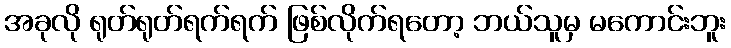
အခုလို ရုတ်ရုတ်ရက်ရက် ဖြစ်လိုက်ရတော့ ဘယ်သူမှ မကောင်းဘူး